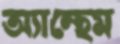
অ্যান্থেম